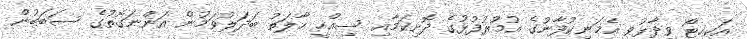
އަކިހީޓޯ ވިދާޅުވީ އެމަނިކުފާނުގެ އުމުރުފުޅުގެ ދޮށިކަމާއި ސިއްހީ ހާލަތު ބަދަލުވަމުން އަންނަގޮތުގެ ސަބަބުން